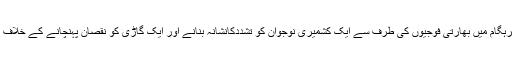
ادھر ضلع کپوارہ کے علاقے ترہگام میں بھارتی فوجیوں کی طرف سے ایک کشمیری نوجوان کو تشددکانشانہ بنانے اور ایک گاڑی کو نقصان پہنچانے کے خلاف احتجاجی مظاہرے کیے گئے ۔